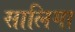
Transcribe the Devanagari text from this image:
सालिगा